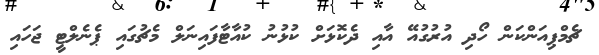
ޗެމްޕިއަންކަން ހޯދި އުރުގުއޭ އާއި ދެކޮޅަށް ކުޅުނު ކުއާޓާފައިނަލް މެޗުގައި ޕެނެލްޓީ ޖަހައި